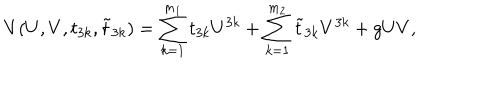
V ( U , V , t _ { 3 k } , \tilde { t } _ { 3 k } ) = \sum _ { k = 1 } ^ { m _ { 1 } } t _ { 3 k } U ^ { 3 k } + \sum _ { k = 1 } ^ { m _ { 2 } } \tilde { t } _ { 3 k } V ^ { 3 k } + g U V ,